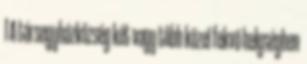
1 A társegyházközség két vagy több közel fekvő helységben